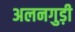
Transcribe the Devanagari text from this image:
अलनगुड़ी